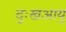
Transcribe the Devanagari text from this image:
दुःखआयु